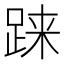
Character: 𫏌